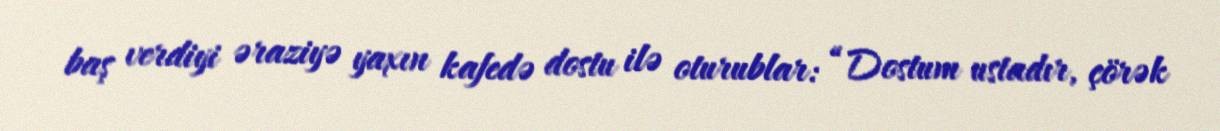
baş verdiyi əraziyə yaxın kafedə dostu ilə oturublar: “Dostum ustadır, çörək